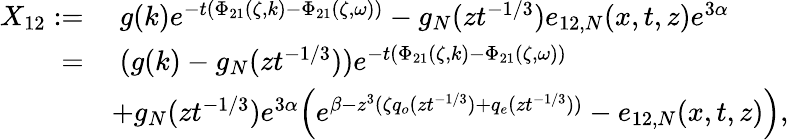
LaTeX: \begin{array}{rl}{X_{12}:=}&{\; g(k)e^{-t(\Phi_{21}(\zeta,k)-\Phi_{21}(\zeta,\omega))}-g_{N}(zt^{-1/3})e_{12,N}(x,t,z)e^{3\alpha}}\\ {=}&{\; (g(k)-g_{N}(zt^{-1/3}))e^{-t(\Phi_{21}(\zeta,k)-\Phi_{21}(\zeta,\omega))}}\\ &{+g_{N}(zt^{-1/3})e^{3\alpha}\Big(e^{\beta-z^{3}(\zeta q_{o}(zt^{-1/3})+q_{e}(zt^{-1/3}))}-e_{12,N}(x,t,z)\Big),}\end{array}